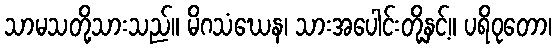
သာမသတို့သားသည်။ မိဂသံဃေန၊ သားအပေါင်းတို့နှင့်။ ပရိဝုတော၊